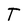
Character: T